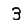
Digit: 3